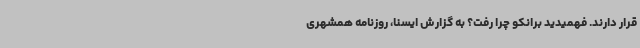
قرار دارند. فهمیدید برانکو چرا رفت؟ به گزارش ایسنا، روزنامه همشهری